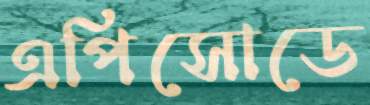
এপিসোডে